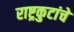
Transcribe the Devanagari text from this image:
राष्ट्रकुटांचे